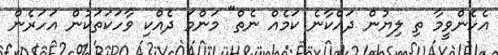
އެހެންވީމާ ތި ލިޔުން ދައްކާނެ ކަމެއް ނެތް" މަންމަ ދެއްކި ވާހަކަތަކުން އަހަރެން